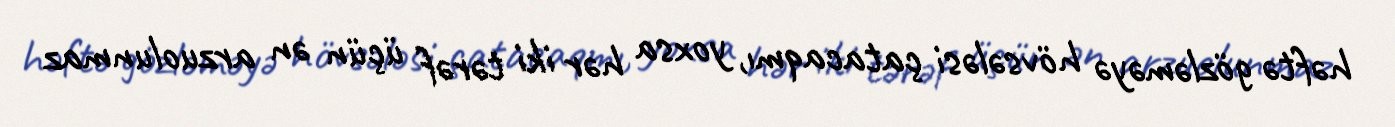
həftə gözləməyə hövsələsi çatacaqmı, yoxsa hər iki tərəf üçün ən arzuolunmaz